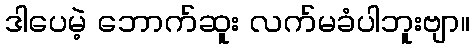
ဒါပေမဲ့ ဘောက်ဆူး လက်မခံပါဘူးဗျာ။